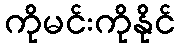
ကိုမင်းကိုနိုင်